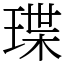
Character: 㻡